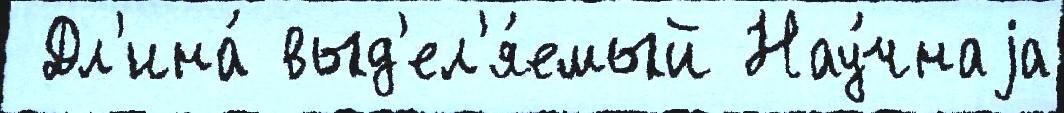
 Дл'ина́ выд'ел'я́емый Нау́чнаjа